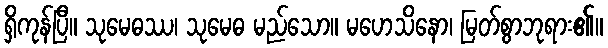
ရှိကုန်ပြီ။ သုမေဓဿ၊ သုမေဓ မည်သော။ မဟေသိနော၊ မြတ်စွာဘုရား၏။